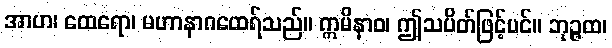
အာဟ၊ ထေရော၊ မဟာနာဂထေရ်သည်။ ဣမိနာဝ၊ ဤသပိတ်ဖြင့်ပင်။ ဘုဉ္ဇထ၊